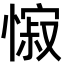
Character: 𢠭